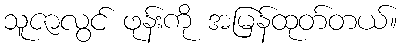
သူဇာလွင် ဖုန်းကို အမြန်ထုတ်တယ်။